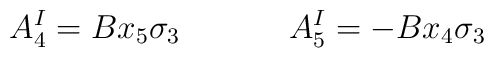
A_4^I = B x_5 \sigma_3 ~~~~~~~~~~A_5^I = -B x_4 \sigma_3